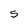
Character: S